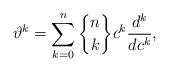
LaTeX: \begin{gather*}\vartheta^{k}=\sum\limits_{k=0}^{n}\genfrac{\{}{\}}{0pt}{}{n}{k}c^{k}\frac{d^{k}}{dc^{k}}, \end{gather*}